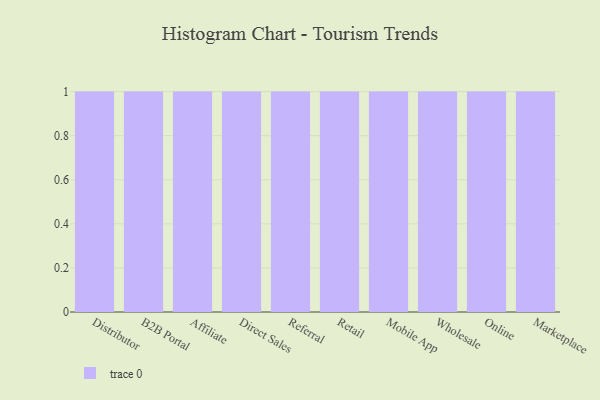
{"axis": {"x": "Channel", "y": "Revenue (USD Million)"}, "legend": [""], "data": [{"x": "Distributor", "y": 91, "type": ""}, {"x": "B2B Portal", "y": 27, "type": ""}, {"x": "Affiliate", "y": 37, "type": ""}, {"x": "Direct Sales", "y": 99, "type": ""}, {"x": "Referral", "y": 77, "type": ""}, {"x": "Retail", "y": 12, "type": ""}, {"x": "Mobile App", "y": 57, "type": ""}, {"x": "Wholesale", "y": 77, "type": ""}, {"x": "Online", "y": 67, "type": ""}, {"x": "Marketplace", "y": 85, "type": ""}]}